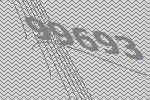
99693